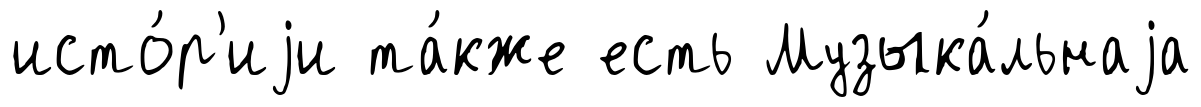
исто́р'иjи та́кже есть Музыка́льнаjа